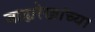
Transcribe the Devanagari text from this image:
बाह्यरेखांच्या